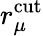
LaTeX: r_{\mu}^{\mathrm{cut}}